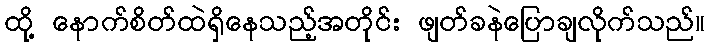
ထို့ နောက်စိတ်ထဲရှိနေသည့်အတိုင်း ဖျတ်ခနဲပြောချလိုက်သည်။